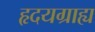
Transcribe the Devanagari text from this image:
हृदयग्राह्य